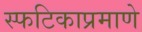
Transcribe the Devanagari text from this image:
स्फटिकाप्रमाणे